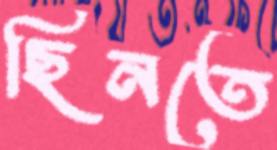
ছিনতে